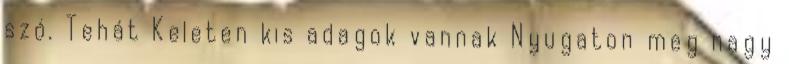
szó. Tehát Keleten kis adagok vannak Nyugaton meg nagy